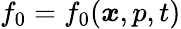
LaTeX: f_{0}=f_{0}(\boldsymbol{x},p,t)